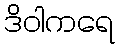
ဒိဝါကရေ